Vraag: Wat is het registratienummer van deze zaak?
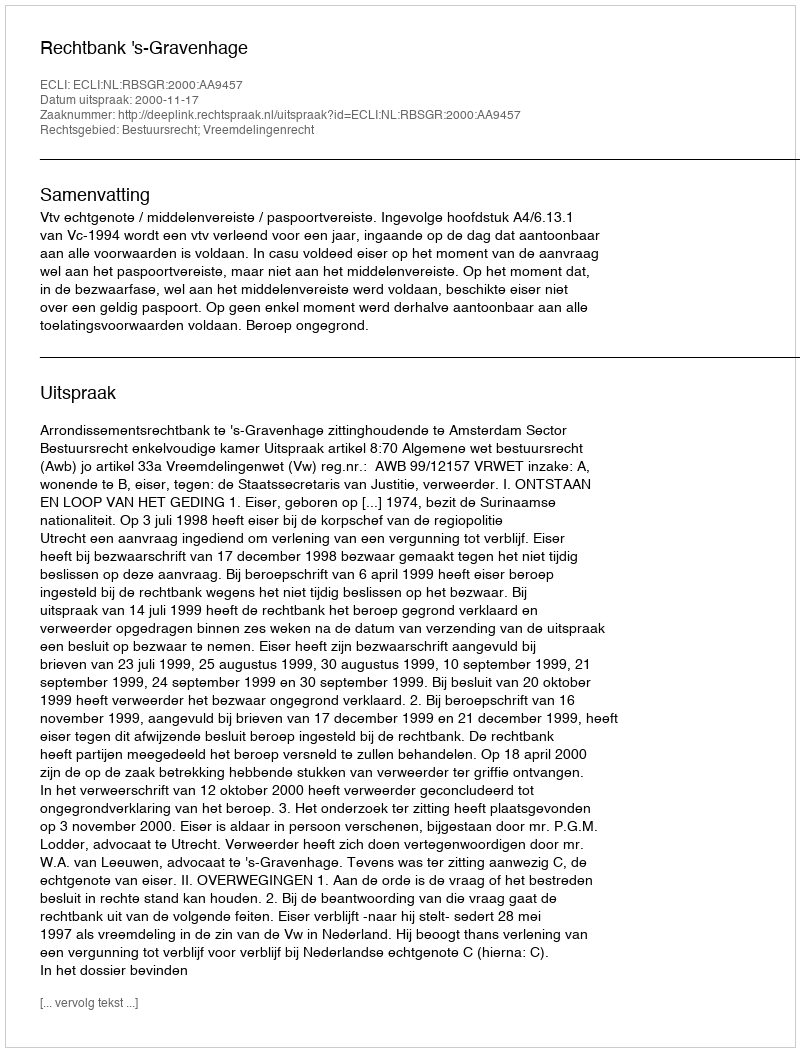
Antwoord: http://deeplink.rechtspraak.nl/uitspraak?id=ECLI:NL:RBSGR:2000:AA9457